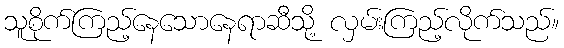
သူစိုက်ကြည့်နေသောနေရာဆီသို့ လှမ်းကြည့်လိုက်သည်။